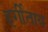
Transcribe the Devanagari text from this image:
हर्गीताय